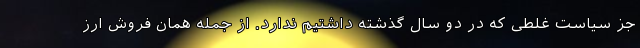
جز سیاست غلطی که در دو سال گذشته داشتیم ندارد. از جمله همان فروش ارز